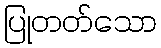
ပြုတတ်သော